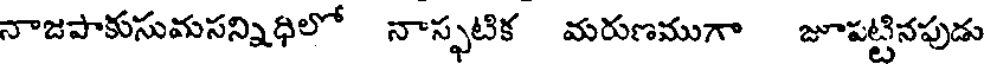
నాజపాకుసుమసన్నిధిలో నాస్ఫటిక మరుణముగా జూపట్టినపుడు